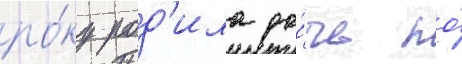
ро́ку род'ила до́чь по́